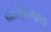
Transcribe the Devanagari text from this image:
कर्मालाच